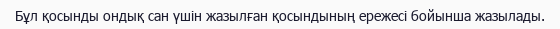
Бұл қосынды ондық сан үшiн жазылған қосындының ережесi бойынша жазылады.